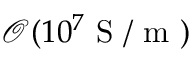
\mathcal { O } ( 1 0 ^ { 7 } \mathrm { ~ S ~ / ~ m ~ } )